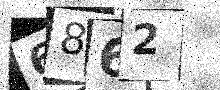
Text: 6862